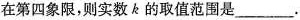
在第四象限，则实数k的取值范围是___.